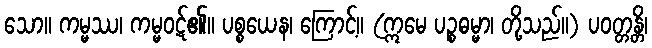
သော။ ကမ္မဿ၊ ကမ္မဝဋ်၏။ ပစ္စယေန၊ ကြောင့်။ (ဣမေ ပဉ္စဓမ္မာ၊ တို့သည်။) ပဝတ္တန္တိ၊